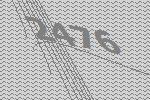
2476